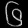
Digit: ၆